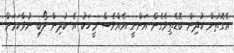
އެގޮތުން ކުދިން ބޮޑެތިވެގެން އަންނީ އެއްވެސް މީހަކު އެ ކުދިން ލޯބި ނުވާކަމަށް